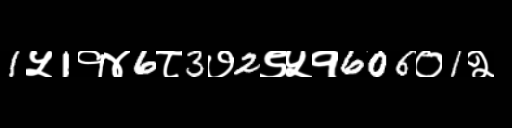
Text: 1५1१४6८3७2९५१606०1२